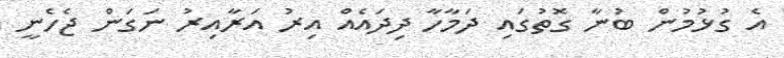
އެ ގުޅުމުން ބުނާ ގޮތުގައި ދަމާހާ ދިދައެއް އިރު އަރާއިރު ނަގަން ޖެހެނީ